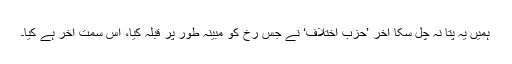
ہمیں یہ پتا نہ چل سکا آخر ’حزب اختلاف‘ نے جس رخ کو مبینہ طور پر قبلہ کیا، اُس سمت آخر ہے کیا۔